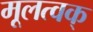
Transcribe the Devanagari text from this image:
मूलत्वक्